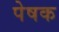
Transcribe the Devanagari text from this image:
पेषक